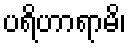
ပရိဟာရာမိ၊